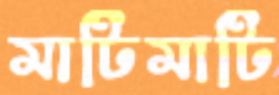
মাটিমাটি